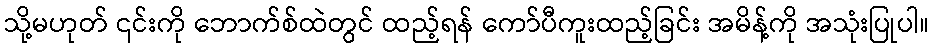
သို့မဟုတ် ၎င်းကို ဘောက်စ်ထဲတွင် ထည့်ရန် ကော်ပီကူးထည့်ခြင်း အမိန့်ကို အသုံးပြုပါ။